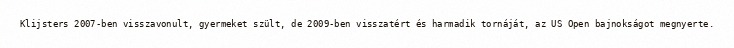
Klijsters 2007-ben visszavonult, gyermeket szült, de 2009-ben visszatért és harmadik tornáját, az US Open bajnokságot megnyerte.